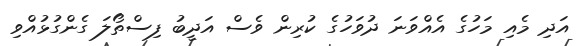
އަދި މެއި މަހުގެ އެއްވަނަ ދުވަހުގެ ކުރިން ވެސް އަދީބު ފިސްތޯލަ ގެންގުޅުއްވި